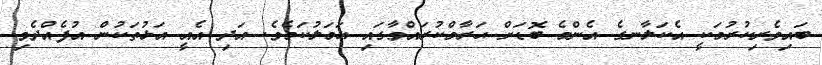
ބައިވެރިކުރުމަކީ އެކަލާނގެ އެންމެ ބޮޑަށް ޙަރާމްކުރައްވާގައި ޢަމަލުކަމެވެ. އަދި އެއީ އަޅުތަކުން އުފެއްދެވި